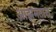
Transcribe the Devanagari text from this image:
आझमतारा